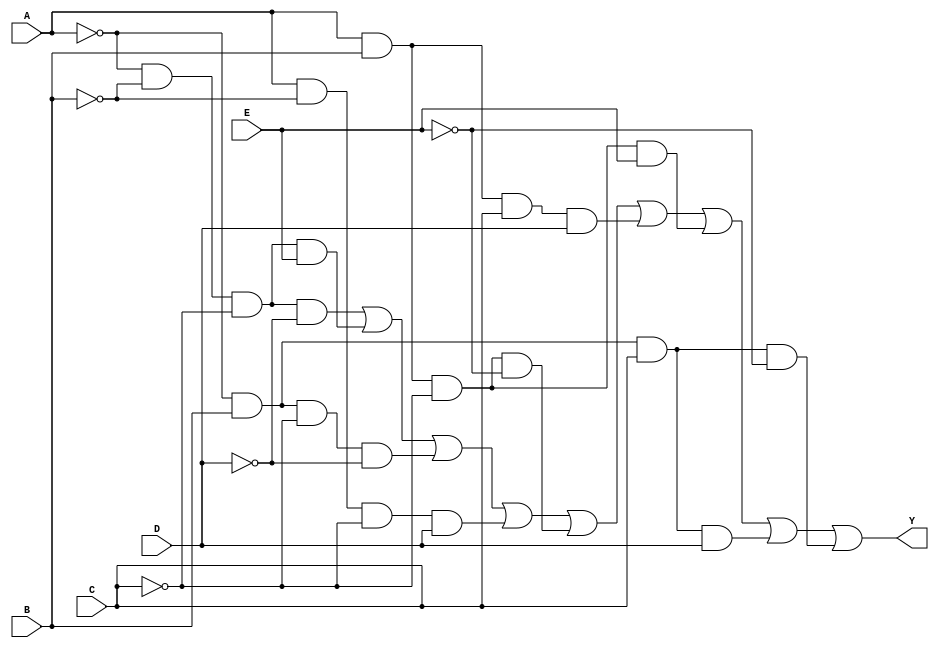
module five_variable_kmap (
    input wire A,    // Input variable A
    input wire B,    // Input variable B
    input wire C,    // Input variable C
    input wire D,    // Input variable D
    input wire E,    // Input variable E
    output wire Y    // Output variable
);

// K-map logic expression derived from simplification
// Example: Y = A'B'C'D' + A'B'C'E + A'BC'D' + AB'C'D + ABC'E + etc.
// Replace the following logic with the actual expression from your K-map.
assign Y = ( ~A & ~B & ~C & ~D) | 
           ( ~A & ~B & ~C & E)   | 
           ( ~A & B & ~C & ~D)   | 
           ( A & ~B & ~C & D)    | 
           ( A & B & ~C & ~E)    | 
           ( A & B & C & D)      | 
           ( A & B & ~C & E)     | 
           ( ~A & B & C & D)     | 
           ( ~A & B & C & ~E);   // Add more terms based on your K-map

endmodule